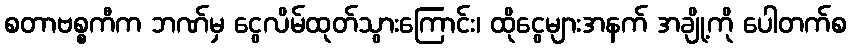
စတာဗစ္စကီက ဘဏ်မှ ငွေလိမ်ထုတ်သွားကြောင်း၊ ထိုငွေများအနက် အချို့ကို ပေါတက်စ